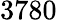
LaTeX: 3780